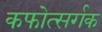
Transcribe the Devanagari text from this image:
कफोत्सर्गक